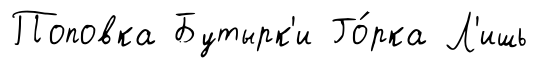
Поповка Бутырк'и Го́рка Л'ишь